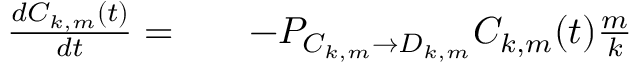
\begin{array} { r l r } { \frac { d C _ { k , m } ( t ) } { d t } = } & { { } } & { - P _ { C _ { k , m } \rightarrow D _ { k , m } } C _ { k , m } ( t ) \frac { m } { k } } \end{array}